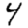
Digit: 4